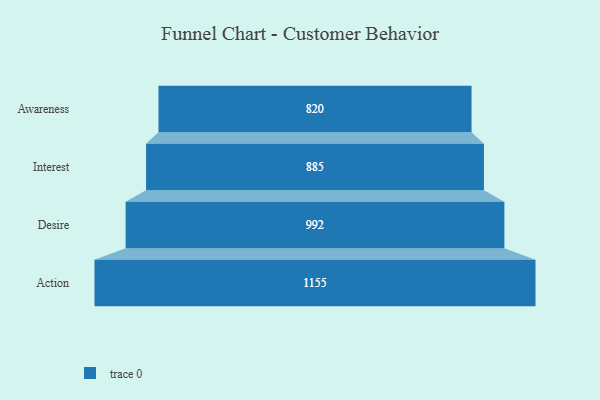
{"axis": {"x": "Stage", "y": "Value"}, "legend": [""], "data": [{"x": "Awareness", "y": 820.0, "type": ""}, {"x": "Interest", "y": 885.0, "type": ""}, {"x": "Desire", "y": 992.0, "type": ""}, {"x": "Action", "y": 1155.0, "type": ""}]}